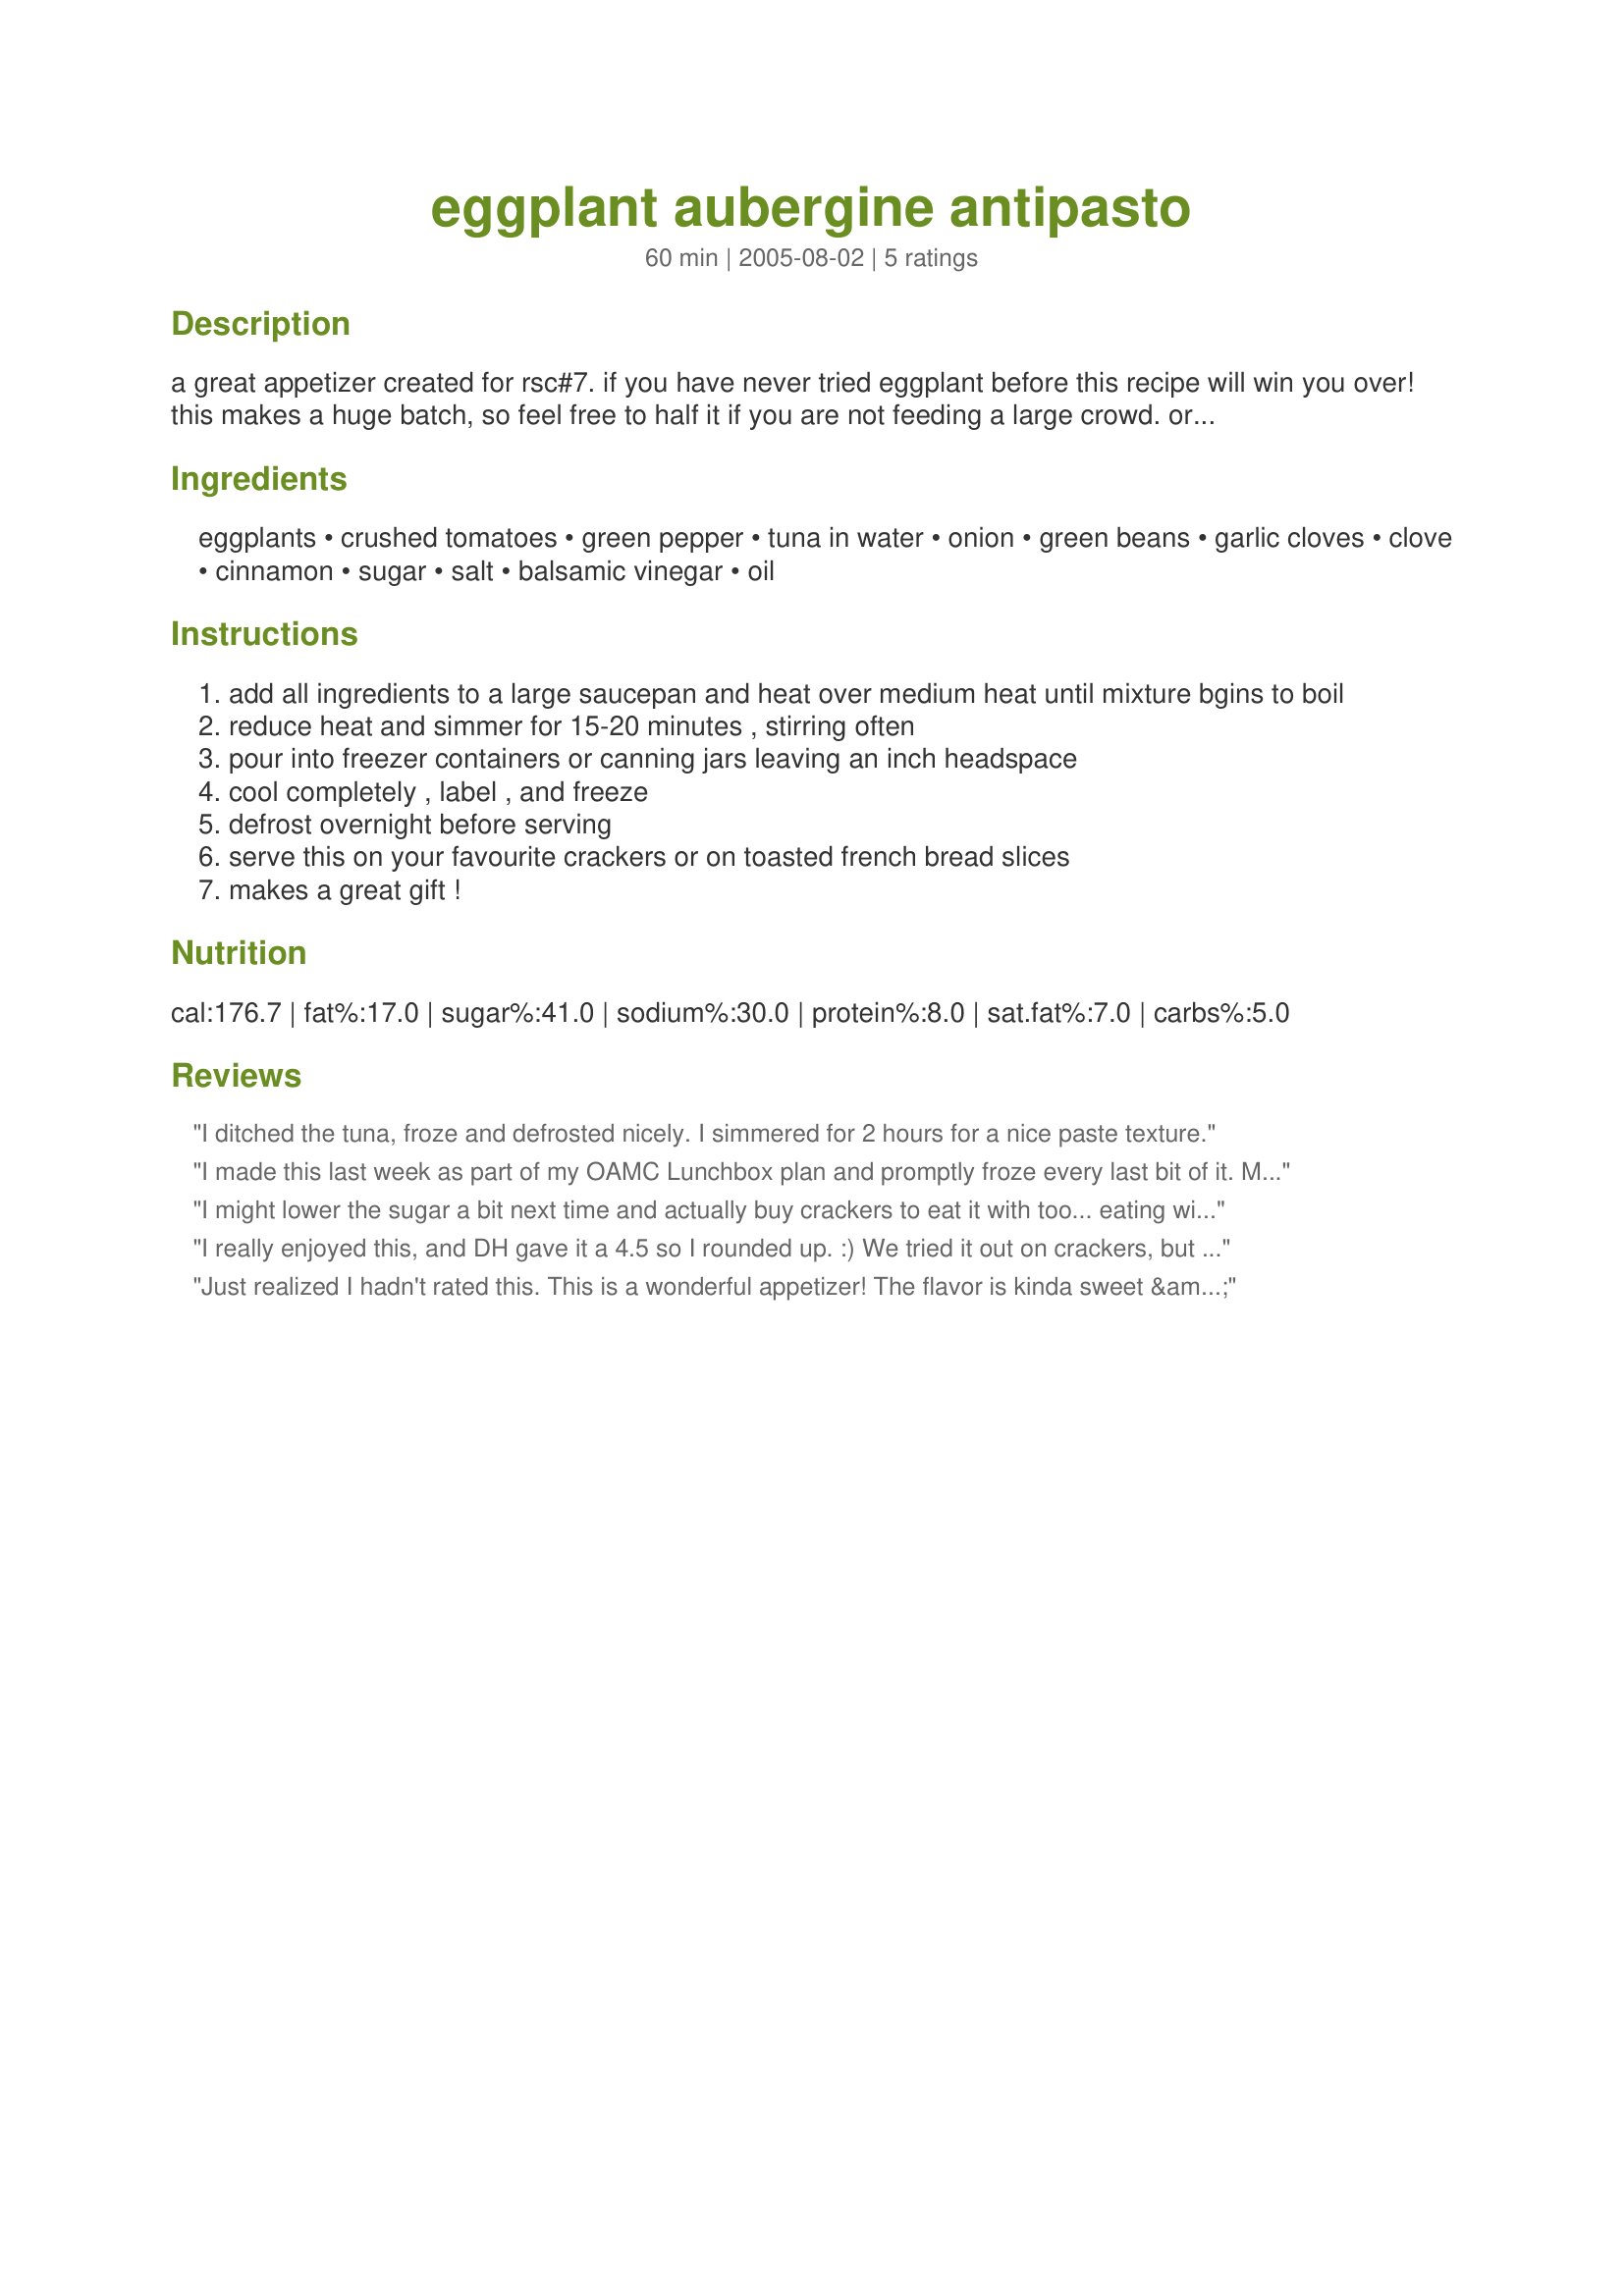
eggplant aubergine antipasto
Preparation time: 60 minutes

a great appetizer created for rsc#7. if you have never tried eggplant before this recipe will win you over! this makes a huge batch, so feel free to half it if you are not feeding a large crowd. or can also freeze the extras to have on hand for another day.

Ingredients:
eggplants, crushed tomatoes, green pepper, tuna in water, onion, green beans, garlic cloves, clove, cinnamon, sugar, salt, balsamic vinegar, oil

Steps:
add all ingredients to a large saucepan and heat over medium heat until mixture bgins to boil
reduce heat and simmer for 15-20 minutes , stirring often
pour into freezer containers or canning jars leaving an inch headspace
cool completely , label , and freeze
defrost overnight before serving
serve this on your favourite crackers or on toasted french bread slices
makes a great gift !

Reviews:
I ditched the tuna, froze and defrosted nicely. I simmered for 2 hours for a nice paste texture.
I made this last week as part of my OAMC Lunchbox plan and promptly froze every last bit of it. Making it was INCREDIBLY easy - just toss everything in a pot and let simmer. I had an inkling that it would be good because it smelled wonderful while cooking... but when I defrosted it and ate it at lunch today... all I can say is WOW! It was so good. I wouldn't do anything differently!
I might lower the sugar a bit next time and actually buy crackers to eat it with too... eating with a spoon is ok, but I'm sure it would taste better with a nice cracker. Oh well, the rest of the antipasto is happily waiting for me in the freezer.
I really enjoyed this, and DH gave it a 4.5 so I rounded up. :) We tried it out on crackers, but I think it would definitely go better with some good-quality bread toasted under the broiler, so you can taste the antipasto more, with crackers the cracker taste comes out too much, IMO, or use a cracker that's quite plain. And you definitely want all the flavour of this yummy topping to come through! I've never tried eggplant before, and I'm glad I tried it out with this recipe! It's great to get my family eating all the healthy veggies in this appetizer. You can feel good about serving this! It really has a LOT of flavour, and just the right amount of tang to it. :) I'm glad I made the whole recipe, now I have lots for another day waiting in the freezer!
Just realized I hadn't rated this. This is a wonderful appetizer! The flavor is kinda sweet & sour and tastes terrific with crackers. I put some in the freezer for Christmas Eve! Thanks for sharing Pamela!
